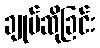
ချုပ်ဆိုခြင်း